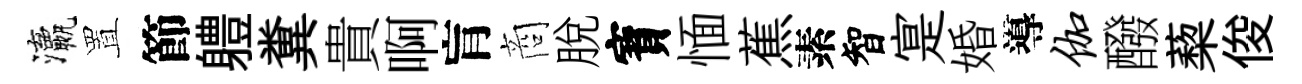
瀛置節軆糞貴啊肓商脱寳愐蕉素智寔婚導伽醱蔾俊